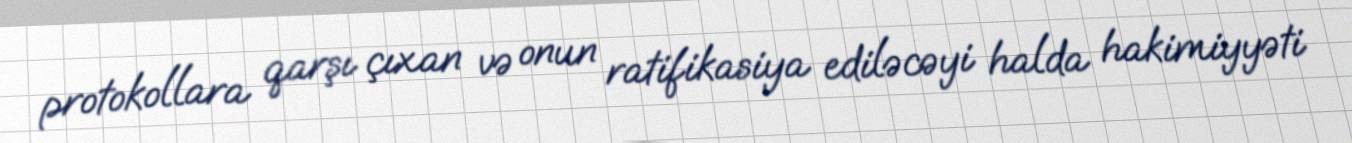
protokollara qarşı çıxan və onun ratifikasiya ediləcəyi halda hakimiyyəti